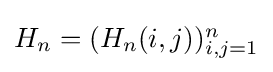
{\textstyle H_{n}=(H_{n}(i,j))_{i,j=1}^{n}}